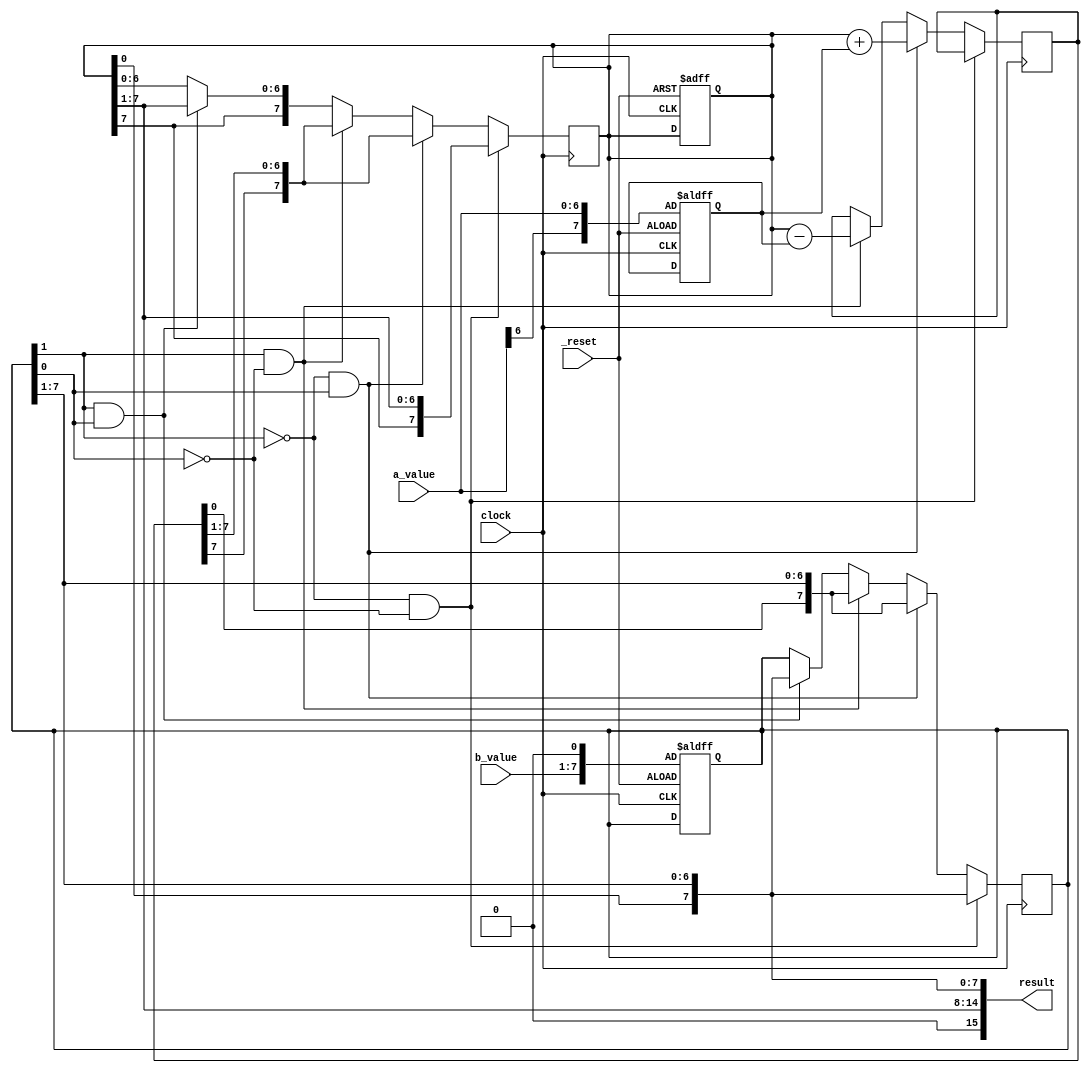
module data_path (
	input clock, _reset,
	input [6:0] a_value, b_value,
	output [15:0] result
);

reg [7:0] a, b;
reg [7:0] p;
reg [2:0] cntr; //mod-8 counter
reg [7:0] sum_diff;
reg e;
reg m;
reg done;

assign result = {p[7:0], b[7:1]};
//assign x = b[1] ^ b[0];

always@(posedge clock, posedge _reset)
begin
if(_reset)
	begin
		a <= {a_value[6], a_value}; //a[7] is set to the sign bit (a[6])
		b <= {b_value, 1'b0};
		p <= 0;
		e <= 0;
		cntr <= 3'b000;
		$display("Beginning:");
		#10 $display("a = %h, b = %h, p = %h, cntr = %h, done = %b", a, b, p, cntr, done);
	end
end

always@(posedge clock) //registers
begin
	if(b[1] == 0 && b[0] == 0)
		begin
			//b <= b;
			b <= {p[0], b[7:1]}; //shift right with left input
			p <= {p[7], p[7:1]}; //arithmetic right shift
			e = 0;
			if(e)
				begin
					cntr <= cntr + 1;
					if (cntr == 8)
						done <= 1; // finished
				end
			else
				cntr <= cntr;
			#10 $display("ARS");
			#50 $display("a = %h, b = %h, p = %h, cntr = %h, done = %b", a, b, p, cntr, done);
		end
	else if(b[1] == 0 && b[0] == 1)
		begin
			m = 0; // add
			if (m == 0)
				begin
					sum_diff <= p + a;
					#10 $display("P + A");
				end
			//sum_diff = p + a;
			p = sum_diff;
			b <= {p[0], b[7:1]}; //shift right with left input
			p <= {p[7], p[7:1]}; //arithmetic right shift
			e = 1;
			if(e)
				begin
					cntr <= cntr + 1;
					if (cntr == 8)
						done <= 1; // finished
				end
			else
				cntr <= cntr;
			#10 $display("a = %h, b = %h, p = %h, cntr = %h, done = %b", a, b, p, cntr, done);
		end
	else if(b[1] == 1 && b[0] == 0)
		begin
			m = 1; //subtract
			if (m == 1)
				begin
					sum_diff <= p - a;
					#10 $display("P - A");
				end
			//sum_diff = p - a;
			p = sum_diff;
			b <= {p[0], b[7:1]}; //shift right with left input
			p <= {p[7], p[7:1]}; //arithmetic right shift
			e = 1;
			if(e)
				begin
					cntr <= cntr + 1;
					if (cntr == 8)
						done <= 1; // finished
				end
			else
				cntr <= cntr;
			#50 $display("a = %h, b = %h, p = %h, cntr = %h, done = %b", a, b, p, cntr, done);
		end
	else if(b[1] == 1 && b[0] == 1)
		begin
			b <= {p[0], b[7:1]}; //shift right with left input
			p <= {p[7], p[7:1]}; //arithmetic right shift
			e = 0;
			if(e)
				begin
					cntr <= cntr + 1;
					if (cntr == 8)
						done <= 1; // finished
				end
			else
				cntr <= cntr;
			#10 $display("ARS");
			#50 $display("a = %h, b = %h, p = %h, cntr = %h, done = %b", a, b, p, cntr, done);
		end
end
endmodule

module tester();
reg clock, _reset;
reg [6:0] a_value, b_value;
wire [15:0] result;

data_path d1(clock, _reset, a_value, b_value, result);

initial begin
	$monitor("%4d: clock = %b",$time, clock);
end

initial begin
	a_value = 8'hF8; b_value = 8'hFB;
	$display("A register = -8 = %b, B register = -5 = %b",a_value, b_value);
	clock = 0; _reset = 1;
	#100 _reset = 0;
	#100 clock = 1;
	#100 clock = 0;
	#100 clock = 1;
	#100 clock = 0;
	#100 clock = 1;
	#100 clock = 0;
	#100 clock = 1;

	#100 clock = 0;
	_reset = 1; //clock = 1;
	$display("asynchronously reset");
	//#100 $display("%b", result);

	#1000 $finish;
end
endmodule